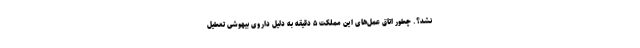
نشد؟. چطور اتاق عمل‌های این مملکت ۵ دقیقه به دلیل داروی بیهوشی تعطیل